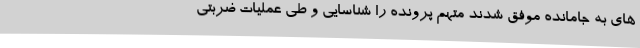
های به جامانده موفق شدند متهم پرونده را شناسایی و طی عملیات ضربتی